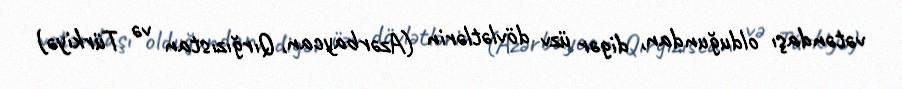
vətəndaşı olduğundan, digər üzv dövlətlərin (Azərbaycan, Qırğızıstan və Türkiyə)